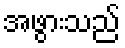
အဖွားသည်